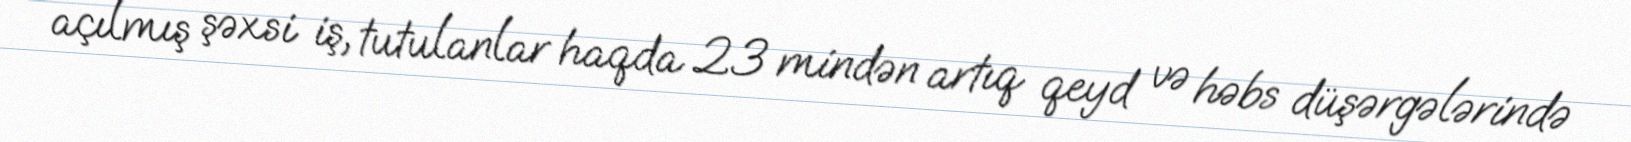
açılmış şəxsi iş, tutulanlar haqda 23 mindən artıq qeyd və həbs düşərgələrində